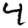
Digit: 4